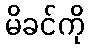
မိခင်ကို